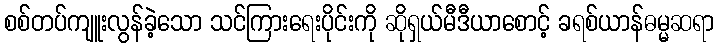
စစ်တပ်ကျူးလွန်ခဲ့သော သင်ကြားရေးပိုင်းကို ဆိုရှယ်မီဒီယာစောင့် ခရစ်ယာန်ဓမ္မဆရာ